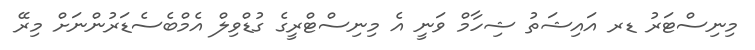
މިނިސްޓަރު ޑރ އައިޝަތު ޝިހާމް ވަނީ އެ މިނިސްޓްރީގެ ގުޑްވިލް އެމްބެސެޑަރުންނަށް މިރޭ